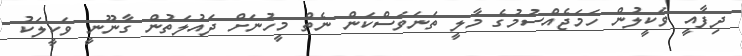
ދިފާއީ ވަކީލުން ހަމަޖެއްސުމުގެ މާލީ ތަނަވަސްކަން ނެތް މީހުނަށް ދައުލަތުން ގާނޫނީ ވަކީލަކު